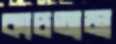
কাচতাম